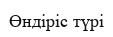
Өндіріс түрі